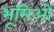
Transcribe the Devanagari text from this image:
भूमिओं